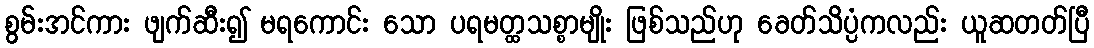
စွမ်းအင်ကား ဖျက်ဆီး၍ မရကောင်း သော ပရမတ္ထသစ္စာမျိုး ဖြစ်သည်ဟု ခေတ်သိပ္ပံကလည်း ယူဆတတ်ပြီ